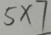
5 \times 1